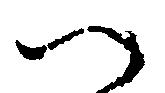
へ